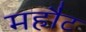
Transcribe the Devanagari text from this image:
महौट